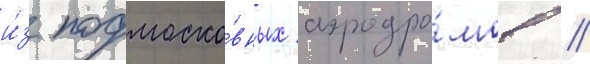
и́з подмоско́вных аэродро́мов //